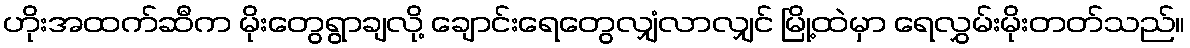
ဟိုးအထက်ဆီက မိုးတွေရွာချလို့ ချောင်းရေတွေလျှံလာလျှင် မြို့ထဲမှာ ရေလွှမ်းမိုးတတ်သည်။